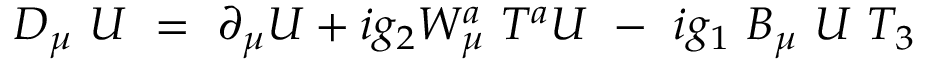
D _ { \mu } ~ { \cal U } ~ = ~ \partial _ { \mu } { \cal U } + i g _ { 2 } W _ { \mu } ^ { a } { } ~ { T ^ { a } } { \cal U } ~ - ~ i g _ { 1 } ~ B _ { \mu } ~ { \cal U } ~ { T _ { 3 } }